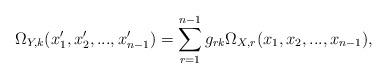
LaTeX: \begin{align*}\Omega_{Y,k}(x_1',x_2',...,x_{n-1}')=\sum_{r=1}^{n-1} g_{rk} \Omega_{X,r}(x_1,x_2,...,x_{n-1}),\end{align*}